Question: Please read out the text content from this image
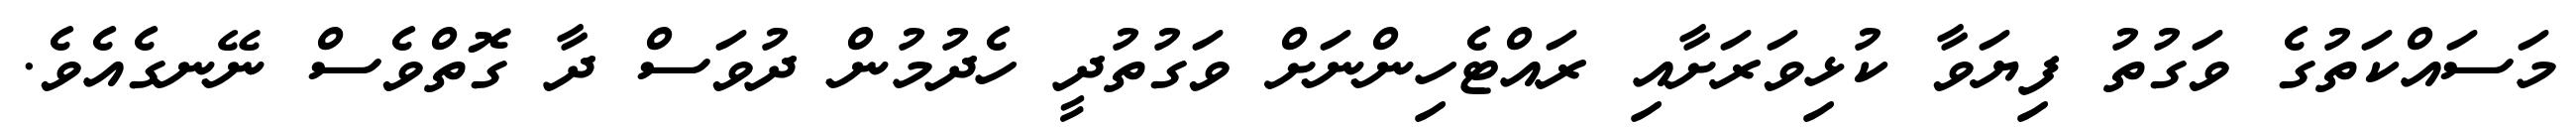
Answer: މަސައްކަތުގެ ވަގުތު ފިޔަވާ ކުޅިވަރަށާއި ރައްޓެހިންނަށް ވަގުތުދީ ހެދުމުން ދުވަސް ދާ ގޮތްވެސް ނޭނގެއެވެ.